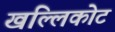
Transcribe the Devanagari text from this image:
खल्लिकोट